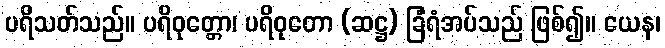
ပရိသတ်သည်။ ပရိဝုတ္တော၊ ပရိဝုတော (ဆဋ္ဌ) ခြံရံအပ်သည် ဖြစ်၍။ ယေန၊